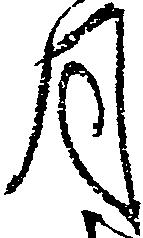
月